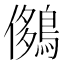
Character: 𪂄